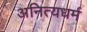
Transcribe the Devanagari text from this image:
अनित्यधर्म